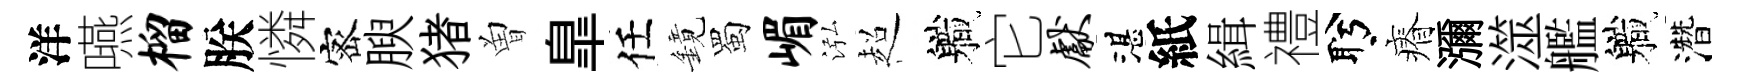
洋嚥榴朕憐宻腴猪曽臯任鏡蜀嵋泓超軄它献湛紙緝禮盻瘠瀰澨艦軄濳